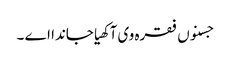
جسنوں فقرہ وی آکھیا جاندا اے ۔